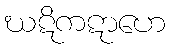
ဃဋိကဋာဟေ